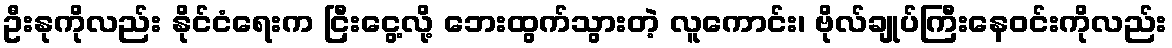
ဦးနုကိုလည်း နိုင်ငံရေးက ငြီးငွေ့လို့ ဘေးထွက်သွားတဲ့ လူကောင်း၊ ဗိုလ်ချုပ်ကြီးနေဝင်းကိုလည်း